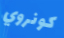
كونروي